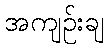
အကျဉ်းချ